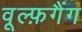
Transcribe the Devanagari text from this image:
वूल्फ़गैंग